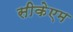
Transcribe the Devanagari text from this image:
सीकेएम